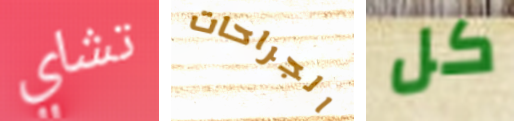
تشاي الجراحات كل